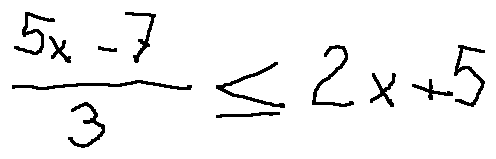
\frac { 5 x - 7 } { 3 } \leq 2 x + 5